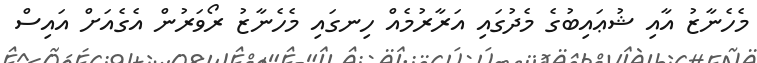
މެހެނާޒު އާއި ޝުޢައިބުގެ މެދުގައި އަރާރުމެއް ހިނގައި މެހެނާޒު ރޯވަރުން އެގެއަށް އައިސް